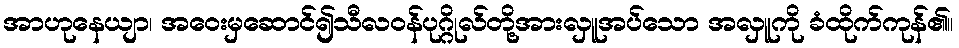
အာဟုနေယျာ၊ အဝေးမှဆောင်၍သီလဝန်ပုဂ္ဂိုလ်တို့အားလှူအပ်သော အလှူကို ခံထိုက်ကုန်၏။